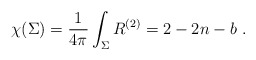
\begin{align*}\chi(\Sigma)=\frac{1}{4\pi}\int_\Sigma R^{(2)} = 2-2n-b\ .\end{align*}